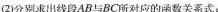
(2)分别求出线段AB与BC所对应的函数关系式：